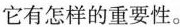
它有怎样的重要性。